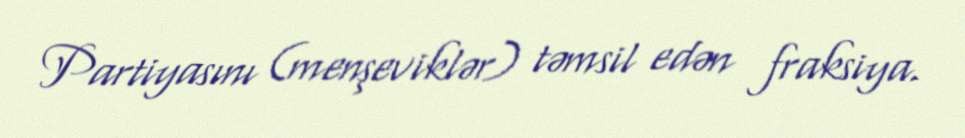
Partiyasını (menşeviklər) təmsil edən fraksiya.